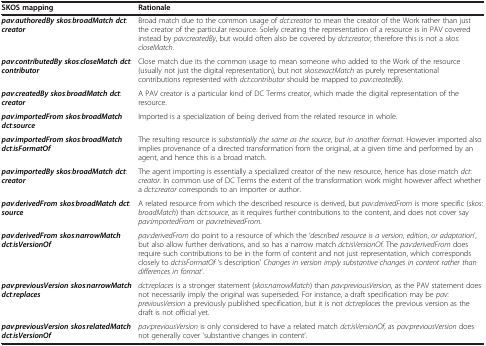
<table><thead><tr><td><b>SKOS mapping</b></td><td><b>Rationale</b></td></tr></thead><tbody><tr><td><b><i>pav</i></b>:<b><i>authoredBy skos</i></b>:<b><i>broadMatch dct</i></b>:<b><i>creator</i></b></td><td>Broad match due to the common usage of <i>dct</i>:<i>creator</i> to mean the creator of the Work rather than just the creator of the particular resource. Solely creating the representation of a resource is in PAV covered instead by <i>pav</i>:<i>createdBy</i>, but would often also be covered by <i>dct</i>:<i>creator</i>, therefore this is not a <i>skos</i>:<i>closeMatch</i>.</td></tr><tr><td><b><i>pav</i></b>:<b><i>contributedBy skos</i></b>:<b><i>closeMatch dct</i></b>:<b><i>contributor</i></b></td><td>Close match due its the common usage to mean someone who added to the Work of the resource (usually not just the digital representation), but not <i>skos</i>:<i>exactMatch</i> as purely representational contributions represented with <i>dct</i>:<i>contributor</i> should be mapped to <i>pav</i>:<i>createdBy</i>.</td></tr><tr><td><b><i>pav</i></b>:<b><i>createdBy skos</i></b>:<b><i>broadMatch dct</i></b>:<b><i>creator</i></b></td><td>A PAV creator is a particular kind of DC Terms creator, which made the digital representation of the resource.</td></tr><tr><td><b><i>pav</i></b>:<b><i>importedFrom skos</i></b>:<b><i>broadMatch dct</i></b>:<b><i>source</i></b></td><td>Imported is a specialization of being derived from the related resource in whole.</td></tr><tr><td><b><i>pav</i></b>:<b><i>importedFrom skos</i></b>:<b><i>broadMatch dct</i></b>:<b><i>isFormatOf</i></b></td><td>The resulting resource is <i>substantially the same as the source</i>, <i>but in another format</i>. However imported also implies provenance of a directed transformation from the original, at a given time and performed by an agent, and hence this is a broad match.</td></tr><tr><td><b><i>pav</i></b>:<b><i>importedBy skos</i></b>:<b><i>broadMatch dct</i></b>:<b><i>creator</i></b></td><td>The agent importing is essentially a specialized creator of the new resource, hence has close match <i>dct</i>:<i>creator</i>. In common use of DC Terms the extent of the transformation work might however affect whether a <i>dct</i>:<i>creator</i> corresponds to an importer or author.</td></tr><tr><td><b><i>pav</i></b>:<b><i>derivedFrom skos</i></b>:<b><i>broadMatch dct</i></b>:<b><i>source</i></b></td><td>A related resource from which the described resource is derived, but <i>pav</i>:<i>derivedFrom</i> is more specific (<i>skos</i>:<i>broadMatch</i>) than <i>dct</i>:<i>source</i>, as it requires further contributions to the content, and does not cover say <i>pav</i>:<i>importedFrom</i> or <i>pav</i>:<i>retrievedFrom</i>.</td></tr><tr><td><b><i>pav</i></b>:<b><i>derivedFrom skos</i></b>:<b><i>narrowMatch dct</i></b>:<b><i>isVersionOf</i></b></td><td><i>pav</i>:<i>derivedFrom</i> do point to a resource of which the ‘<i>described resource is a version</i>, <i>edition</i>, <i>or adaptation</i>’, but also allow further derivations, and so has a narrow match <i>dct</i>:<i>isVersionOf</i>. The <i>pav</i>:<i>derivedFrom</i> does require such contributions to be in the form of content and not just representation, which corresponds closely to <i>dct</i>:<i>isFormatOf</i> ‘s description’ <i>Changes in version imply substantive changes in content rather than differences in format</i>’.</td></tr><tr><td><b><i>pav</i></b>:<b><i>previousVersion skos</i></b>:<b><i>narrowMatch dct</i></b>:<b><i>replaces</i></b></td><td><i>dct</i>:<i>replaces</i> is a stronger statement (<i>skos</i>:<i>narrowMatch</i>) than <i>pav</i>:<i>previousVersion</i>, as the PAV statement does not necessarily imply the original was superseded. For instance, a draft specification may be <i>pav</i>:<i>previousVersion</i> a previously published specification, but it is not <i>dct</i>:<i>replaces</i> the previous version as the draft is not official yet.</td></tr><tr><td><b><i>pav</i></b>:<b><i>previousVersion skos</i></b>:<b><i>relatedMatch dct</i></b>:<b><i>isVersionOf</i></b></td><td><i>pav</i>:<i>previousVersion</i> is only considered to have a related match <i>dct</i>:<i>isVersionOf</i>, as <i>pav</i>:<i>previousVersion</i> does not generally cover ‘substantive changes in content’.</td></tr></tbody></table>